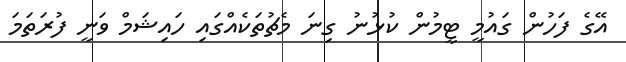
އޭގެ ފަހުން ގައުމީ ޓީމުން ކުޅުނު ގިނަ މެޗުތަކެއްގައި ހައިޝަމް ވަނީ ފުރަތަމަ